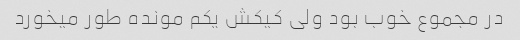
در مجموع خوب بود ولی کیکش یکم مونده طور میخورد